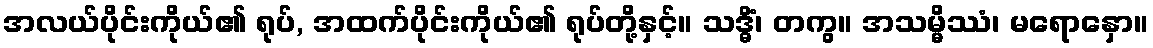
အလယ်ပိုင်းကိုယ်၏ ရုပ်, အထက်ပိုင်းကိုယ်၏ ရုပ်တို့နှင့်။ သဒ္ဓိံ၊ တကွ။ အသမ္မိဿံ၊ မရောနှော။